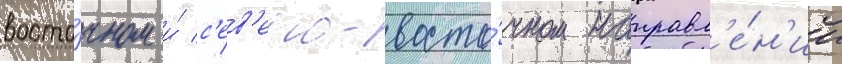
восто́чном и́ с'ев'еро-восто́чном направл'е́н'ии